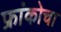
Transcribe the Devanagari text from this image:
फ्रांकोचा